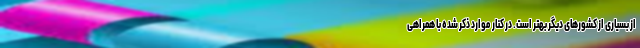
از بسیاری از کشورهای دیگر بهتر است. در کنار موارد ذکر شده با همراهی